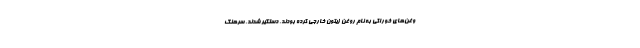
وغن‌های خوراکی به نام روغن زیتون خارجی کرده بودند، دستگیر شدند. سرهنگ